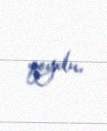
qoydu.